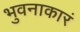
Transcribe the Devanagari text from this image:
भुवनाकारं